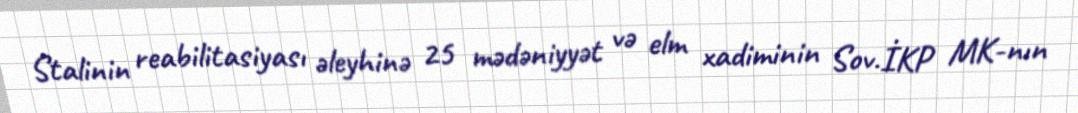
Stalinin reabilitasiyası əleyhinə 25 mədəniyyət və elm xadiminin Sov.İKP MK-nın